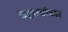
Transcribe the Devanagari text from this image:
चहात्यांच्या